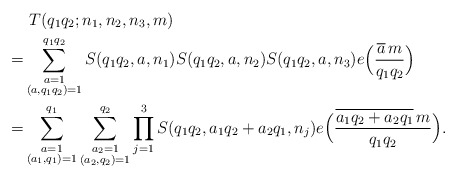
\begin{align*}&\ T(q_1q_2;n_1,n_2,n_3,m)\\=&\sum_{\substack{a=1\\(a,q_1q_2)=1}}^{q_1q_2}S(q_1q_2,a,n_1)S(q_1q_2,a,n_2)S(q_1q_2,a,n_3)e\Big(\frac{\overline{a}\,m}{q_1q_2}\Big)\\=&\sum_{\substack{a=1\\(a_1,q_1)=1}}^{q_1}\sum_{\substack{a_2=1\\(a_2,q_2)=1}}^{q_2}\prod_{j=1}^3S(q_1q_2,a_1q_2+a_2q_1,n_j)e\Big(\frac{\overline{a_1q_2+a_2q_1}\,m}{q_1q_2}\Big).\end{align*}